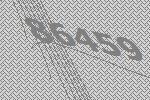
86459